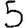
Digit: 5